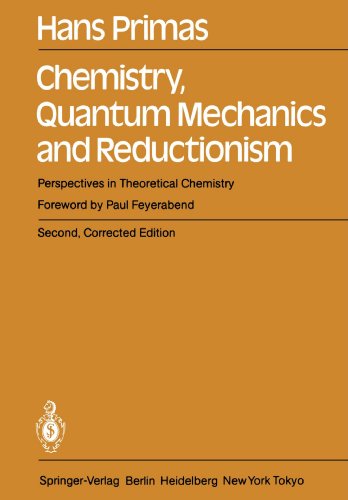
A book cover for Chemistry, Quantum Mechanics and Reductionism: Perspectives in Theoretical Chemistry; Hans Primas; Science & Math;